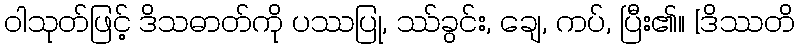
ဝါသုတ်ဖြင့် ဒိသဓာတ်ကို ပဿပြု, ဿ်ခွင်း, ချေ, ကပ်, ပြီး၏။ [ဒိဿတိ